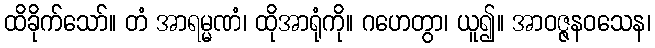
ထိခိုက်သော်။ တံ အာရမ္မဏံ၊ ထိုအာရုံကို။ ဂဟေတွာ၊ ယူ၍။ အာဝဇ္ဇနဝသေန၊